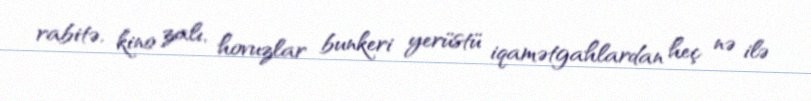
rabitə, kino zalı, hovuzlar bunkeri yerüstü iqamətgahlardan heç nə ilə